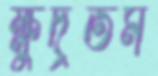
ক্ষুদ্রতম